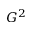
G ^ { 2 }